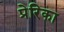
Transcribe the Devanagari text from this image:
प्रेरिका